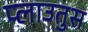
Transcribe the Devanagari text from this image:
प्लाउतुस